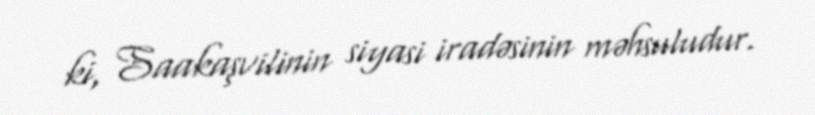
ki, Saakaşvilinin siyasi iradəsinin məhsuludur.